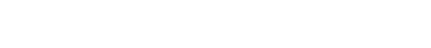
{၀၇} ကုသလုပ္ပတ္တိယာ၊ ဝိဝဋ္ဋနိဿိတကုသိုလ် ဖြစ်ခြင်း၏။ [၀၇] ဒုလ္လဘ [၀၁]